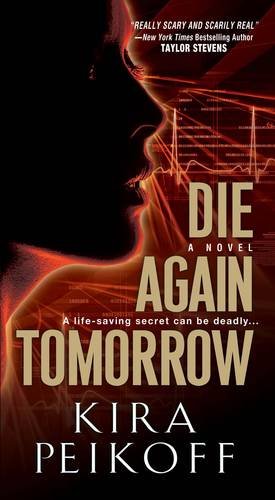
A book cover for Die Again Tomorrow; Kira Peikoff; Mystery, Thriller & Suspense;